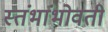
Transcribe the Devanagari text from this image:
स्तंभांभोवती